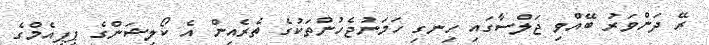
ރޭ ދަންވަރު ބޭއްވި ޖަލްސާގައި ހިނގި ހަމަނުޖެހުންތަކުގެ ތެރެއިން އެ ކޯލިޝަންގެ ޕީޕީއެމްގެ